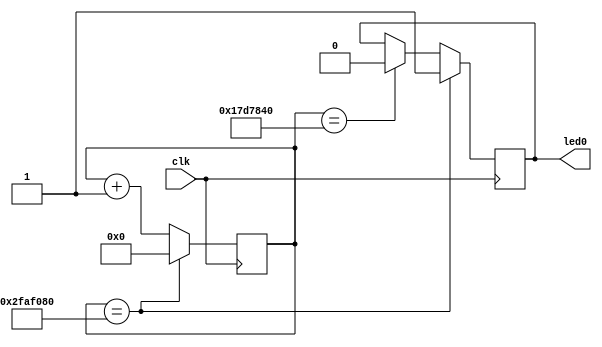
`timescale 1ns / 1ps
//////////////////////////////////////////////////////////////////////////////////
// Company: 
// Engineer: 
// 
// Design Name: 
// Module Name:    blinking_led 
// Project Name: 
// Target Devices: 
// Tool versions: 
// Description: 
//
// Dependencies: 
//
// Revision: 
// Revision 0.01 - File Created
// Additional Comments: 
//
//////////////////////////////////////////////////////////////////////////////////
`define OFF_TIME 25000000
`define ON_TIME (`OFF_TIME*2)

module blinking_led(clk, led0);
	input clk;
	output led0;
	reg led0 = 1'b1;
	reg [32:0]counter = 32'b0;
	
	always @(posedge clk) begin
		counter <= counter + 1;
		if(counter == `OFF_TIME) begin
			led0 <= 1'b0;
		end
		if(counter == `ON_TIME) begin
			led0 <= 1'b1;
			counter <= 32'b0;
		end
	end
endmodule